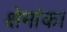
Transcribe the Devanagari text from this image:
क्षेमांक।